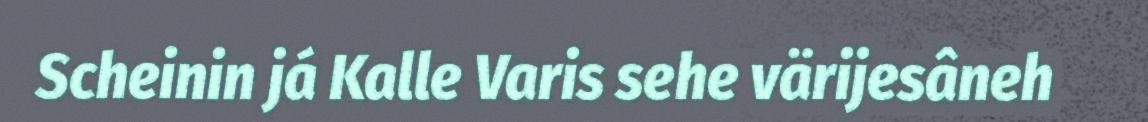
Scheinin já Kalle Varis sehe värijesâneh